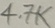
Text: 4.7K